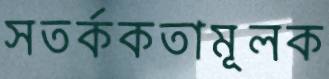
সতর্ককতামূলক